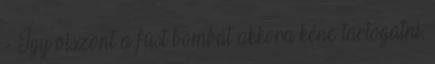
- Így viszont a füst bombát akkora kéne tartogatni,